Indian journal of veterinary science and animal husbandry - Volumes 15-17, 1948-1951
Year: 1948
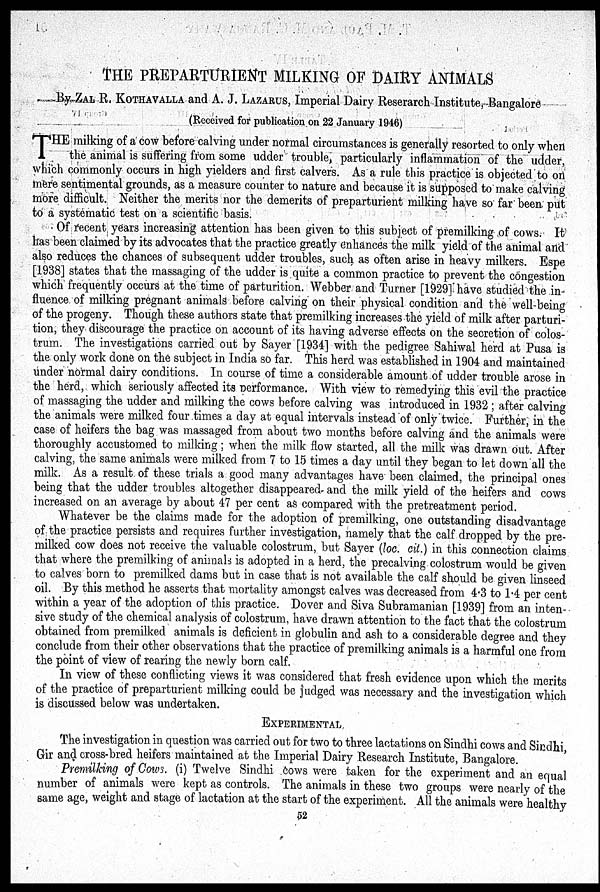
THE PREPARTURIENT MILKING OF DAIRY ANIMALS
By ZAL R. KOTHAVALLA and A. J. LAZARUS, Imperial Dairy Reserarch Institute, Bangalore
(Received for publication on 22 January 1946)
T HE milking of a cow before calving under normal circumstances is generally resorted to only when
the animal is suffering from some udder trouble, particularly inflammation of the udder,
which commonly occurs in high yielders and first calvers. As a rule this practice is objected to on
mere sentimental grounds, as a measure counter to nature and because it is supposed to make calving
more difficult. Neither the merits nor the demerits of preparturient milking have so far been put
to a systematic test on a scientific basis.
Of recent years increasing attention has been given to this subject of premilking of cows. It
has been claimed by its advocates that the practice greatly enhances the milk yield of the animal and
also reduces the chances of subsequent udder troubles, such as often arise in heavy milkers. Espe
[1938] states that the massaging of the udder is quite a common practice to prevent the congestion
which frequently occurs at the time of parturition. Webber and Turner [1929] have studied the in-
fluence of milking pregnant animals before calving on their physical condition and the well-being
of the progeny. Though these authors state that premilking increases the yield of milk after parturi-
tion, they discourage the practice on account of its having adverse effects on the secretion of colos-
trum. The investigations carried out by Sayer [1934] with the pedigree Sahiwal herd at Pusa is
the only work done on the subject in India so far. This herd was established in 1904 and maintained
under normal dairy conditions. In course of time a considerable amount of udder trouble arose in
the herd, which seriously affected its performance. With view to remedying this evil the practice
of massaging the udder and milking the cows before calving was introduced in 1932; after calving
the animals were milked four times a day at equal intervals instead of only twice. Further, in the
case of heifers the bag was massaged from about two months before calving and the animals were
thoroughly accustomed to milking; when the milk flow started, all the milk was drawn out. After
calving, the same animals were milked from 7 to 15 times a day until they began to let down all the
milk. As a result of these trials a good many advantages have been claimed, the principal ones
being that the udder troubles altogether disappeared and the milk yield of the heifers and cows
increased on an average by about 47 per cent as compared with the pretreatment period.
Whatever be the claims made for the adoption of premilking, one outstanding disadvantage
of the practice persists and requires further investigation, namely that the calf dropped by the pre-
milked cow does not receive the valuable colostrum, but Sayer (loc. cit.) in this connection claims
that where the premilking of animals is adopted in a herd, the precalving colostrum would be given
to calves born to premilked dams but in case that is not available the calf should be given linseed
oil. By this method he asserts that mortality amongst calves was decreased from 4.3 to 1.4 per cent
within a year of the adoption of this practice. Dover and Siva Subramanian [1939] from an inten-
sive study of the chemical analysis of colostrum, have drawn attention to the fact that the colostrum
obtained from premilked animals is deficient in globulin and ash to a considerable degree and they
conclude from their other observations that the practice of premilking animals is a harmful one from
the point of view of rearing the newly born calf.
In view of these conflicting views it was considered that fresh evidence upon which the merits
of the practice of preparturient milking could be judged was necessary and the investigation which
is discussed below was undertaken.
EXPERIMENTAL
The investigation in question was carried out for two to three lactations on Sindhi cows and Sindhi,
Gir and cross-bred heifers maintained at the Imperial Dairy Research Institute, Bangalore.
Premilking of Cows. (i) Twelve Sindhi cows were taken for the experiment and an equal
number of animals were kept as controls. The animals in these two groups were nearly of the
same age, weight and stage of lactation at the start of the experiment. All the animals were healthy
52